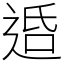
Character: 𨓈